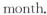
month.